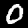
Label: 0